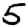
Digit: 5